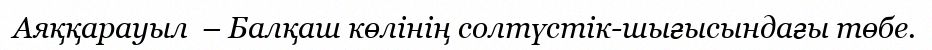
Аяққарауыл  – Балқаш көлінің солтүстік-шығысындағы төбе.